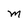
Character: M